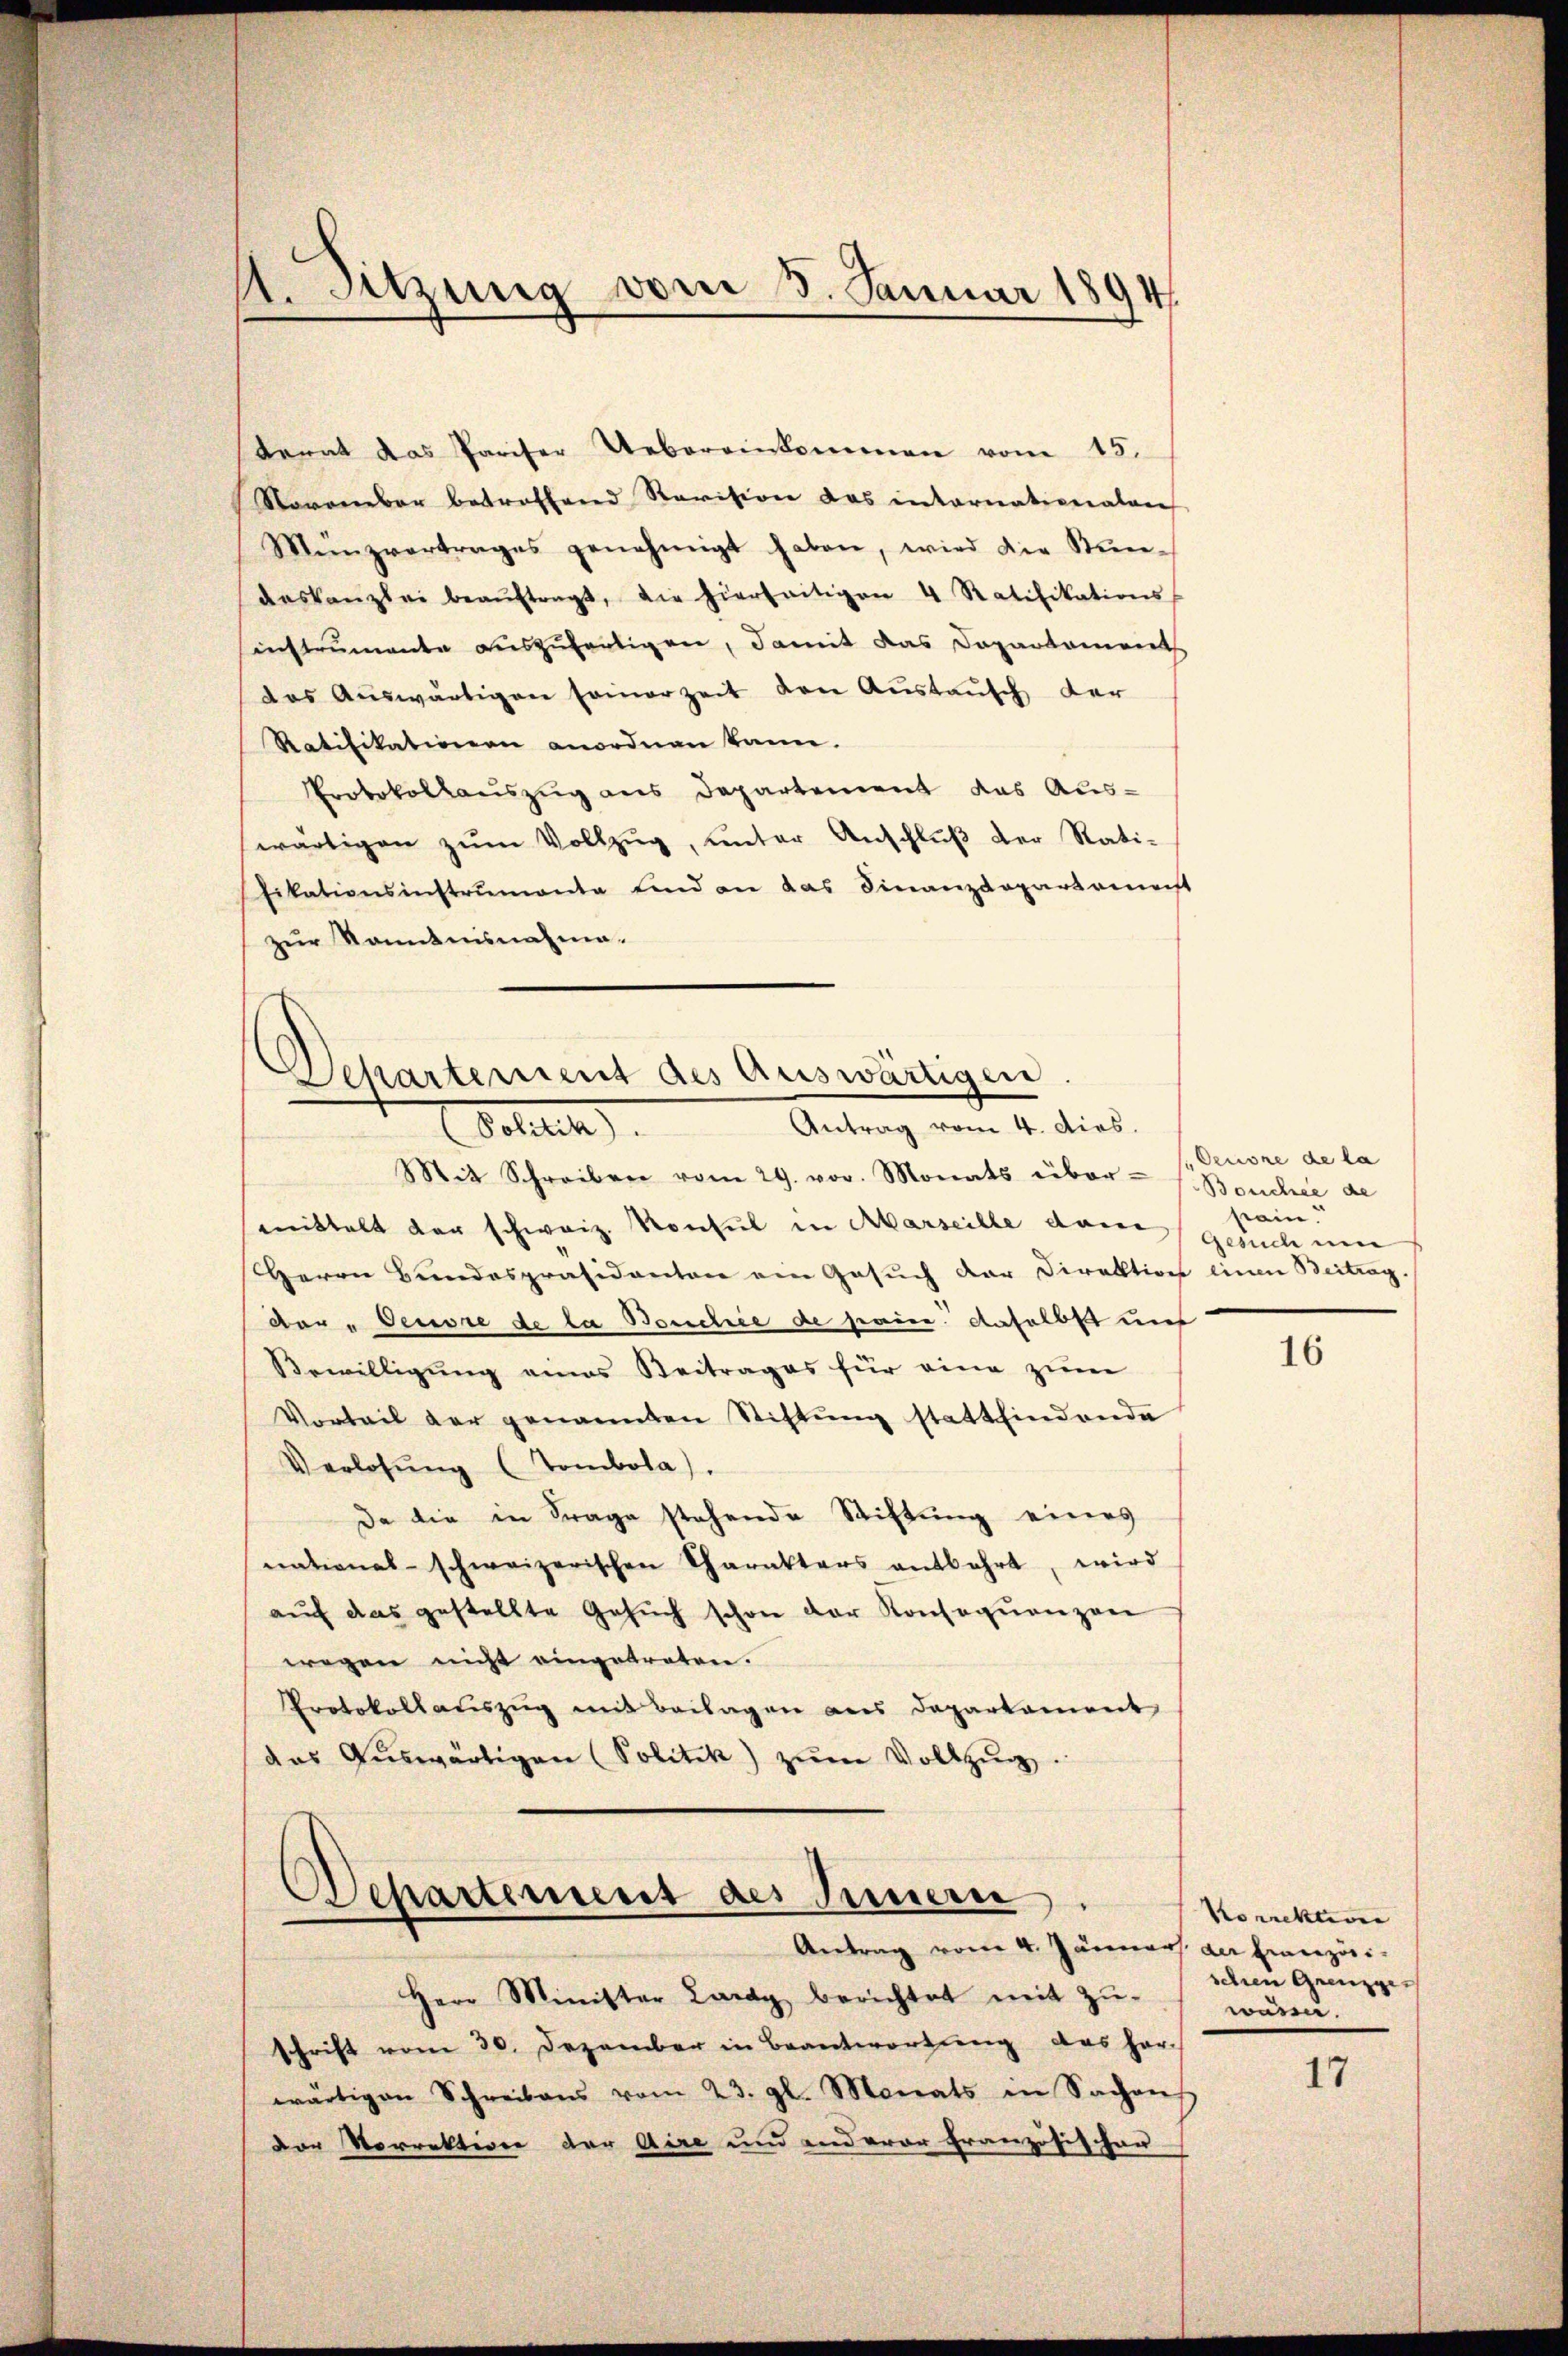
terat das Pariser Uebereinkommen vom 15.
November betreffend Revision das internationalen
Münzvertrages genehmigt haben, wird die Stundeskanzlei beaŭftragt, die hierseitigen 4 Ratifikations-
instrumente auszufertigen, damit das Departements
das Auswärtigen seinerzeit den Austausch der
Ratifikationen anordnen kann.
Protokollauszug aus Departement das Auswärtigen zŭm Vollzŭg, ŭnter Anschlŭβ der Rati-
fikationsinstrumente sind an das Finanzdepartamenst
zur Kenntnisnahme.

1. Sitzung vom 3. Januar 1894

Departement des Auswärtigen
Antrag vom 4. dies.
Dotten.

Mit Schreiben vom 29. vor. Monats über s. Beschnee de
mmittelt der schweiz. Konsul in Aarseille dann
Herrn Bundespräsidenten ein Gesŭch der Direktion einen Beitrag.
der "Deuvre de la Bouchée de pain. daselbst und
Bewilligung eines Beitrages für eine zum
Vorteil der genannten Stiftŭng stattfindende
Verlosung (Tombola)
Da die in Frage stehende Stiftung eines
national-schweizerischen Charakters entbehrt, wird
aŭf das gestellte Gesŭch schon der Konsequenzen
wegen nicht eingetreten.
Protokollauszug mit Beilagen aus Departement
das Aŭswärtigen (Politik) zŭm Vollzŭg.

Dehartement des Innern
Antrag vom 4. Jänner der Französi¬

Herr Minister Lardy berichtet mit Zŭ-
schrift vom 30. Dezember in Beantwortung das her-
wärtigen Schreibens vom 23. gl. Monats in Sachen
der Norrektion der Aire und anderar französischer

(Deuone de la
pain.
gesich um

16

Korrektione
schen Grenzge
wären.

17